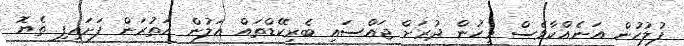
ފުލުހުން އަނެއްކާވެސް މީހުން ދުރަށް ޖައްސައި ބެރިކޭޑްތައް އަލުން އަތުރަން ފަށައިފި ތެޔޮ